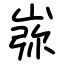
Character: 㟜